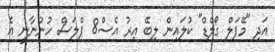
އަދި "މޭޕަލް ގޯލްޑް" ކުލައިން ލިބޭ އިރު އެސް8 ޕްލަސް ހުންނާނީ އެ